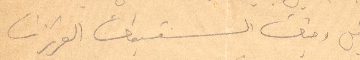
واقبل وجنات الشقيقات العزيزات